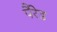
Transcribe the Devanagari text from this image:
पैरेड